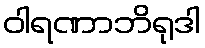
ဝါရဏာဘိရုဒါ